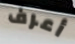
أعرف